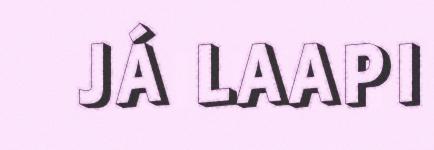
JÁ LAAPI